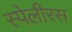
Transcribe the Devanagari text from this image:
स्पेलीरस